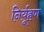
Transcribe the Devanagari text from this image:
निर्यूहण